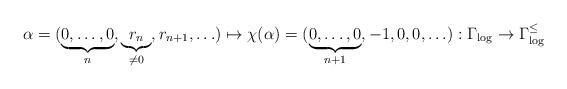
LaTeX: \begin{align*}\alpha = (\underbrace{0,\ldots,0}_{n},\underbrace{r_n}_{\neq 0},r_{n+1},\ldots)\mapsto \chi(\alpha) = (\underbrace{0,\ldots,0}_{n+1},-1,0,0,\ldots):\Gamma_{\log}\to\Gamma^{\leq}_{\log}\end{align*}